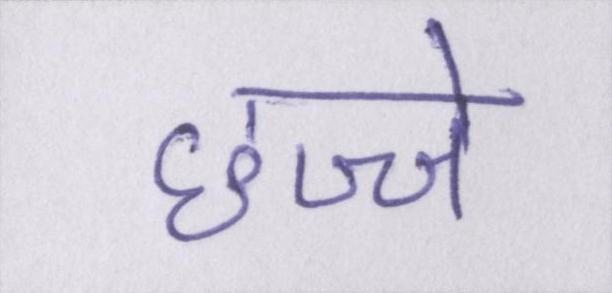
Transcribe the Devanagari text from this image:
छज्जे